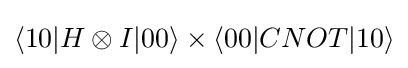
\langle 10|H\otimes I|00\rangle \times \langle 00|CNOT|10\rangle